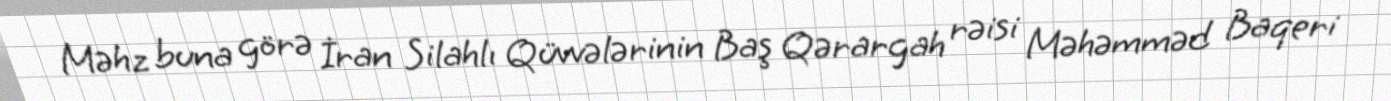
Məhz buna görə İran Silahlı Qüvvələrinin Baş Qərargah rəisi Məhəmməd Baqeri